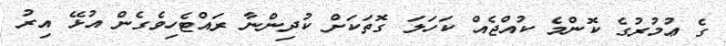
ގެ ޢުމުރުގެ ކޮންމެ ކުއްޖެއް ކަހަލަ ގޮތަކަށް ކުދިންނާ ރައްޓެހިވެގެން އުޅޭ އިރު